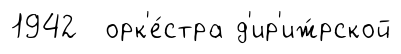
1942 орк'е́стра д'ир'иж́рской